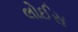
લોઈસ